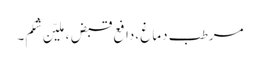
مرطب دماغ ،دافع قبض ،ملیّن شِکم۔